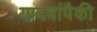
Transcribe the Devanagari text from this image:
यादवांपैकी